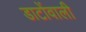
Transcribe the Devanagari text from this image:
डाटोंवाली